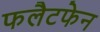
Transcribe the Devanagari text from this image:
फलैटफेन